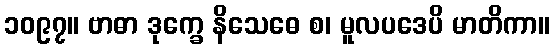
၁၀၉၇။ ဗာဓာ ဒုက္ခေ နိသေဓေ စ၊ မူလပဒေပိ မာတိကာ။